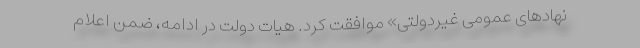
نهادهای عمومی غیردولتی» موافقت کرد. هیات دولت در ادامه، ضمن اعلام